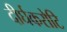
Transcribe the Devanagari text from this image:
दीर्घकरोटि